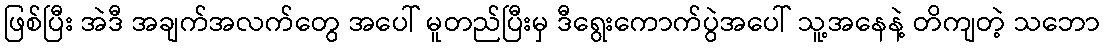
ဖြစ်ပြီး အဲဒီ အချက်အလက်တွေ အပေါ် မူတည်ပြီးမှ ဒီရွေးကောက်ပွဲအပေါ် သူ့အနေနဲ့ တိကျတဲ့ သဘော